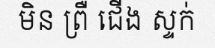
មិន ព្រឺ ជើង ស្ទក់